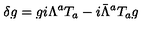
\delta g = g i \Lambda ^ { a } T _ { a } - i \bar { \Lambda } ^ { a } T _ { a } g